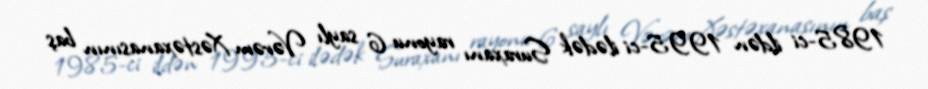
1985-ci ildən 1995-ci ilədək Suraxanı rayonu 6 saylı Vərəm Xəstəxanasının baş